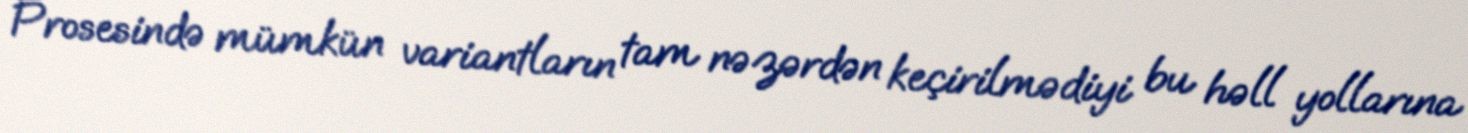
Prosesində mümkün variantların tam nəzərdən keçirilmədiyi bu həll yollarına